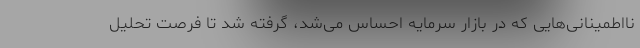
نااطمینانی‌هایی که در بازار سرمایه احساس می‌شد، گرفته شد تا فرصت تحلیل